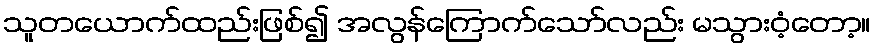
သူတယောက်ထည်းဖြစ်၍ အလွန်ကြောက်သော်လည်း မသွားဝံ့တော့။